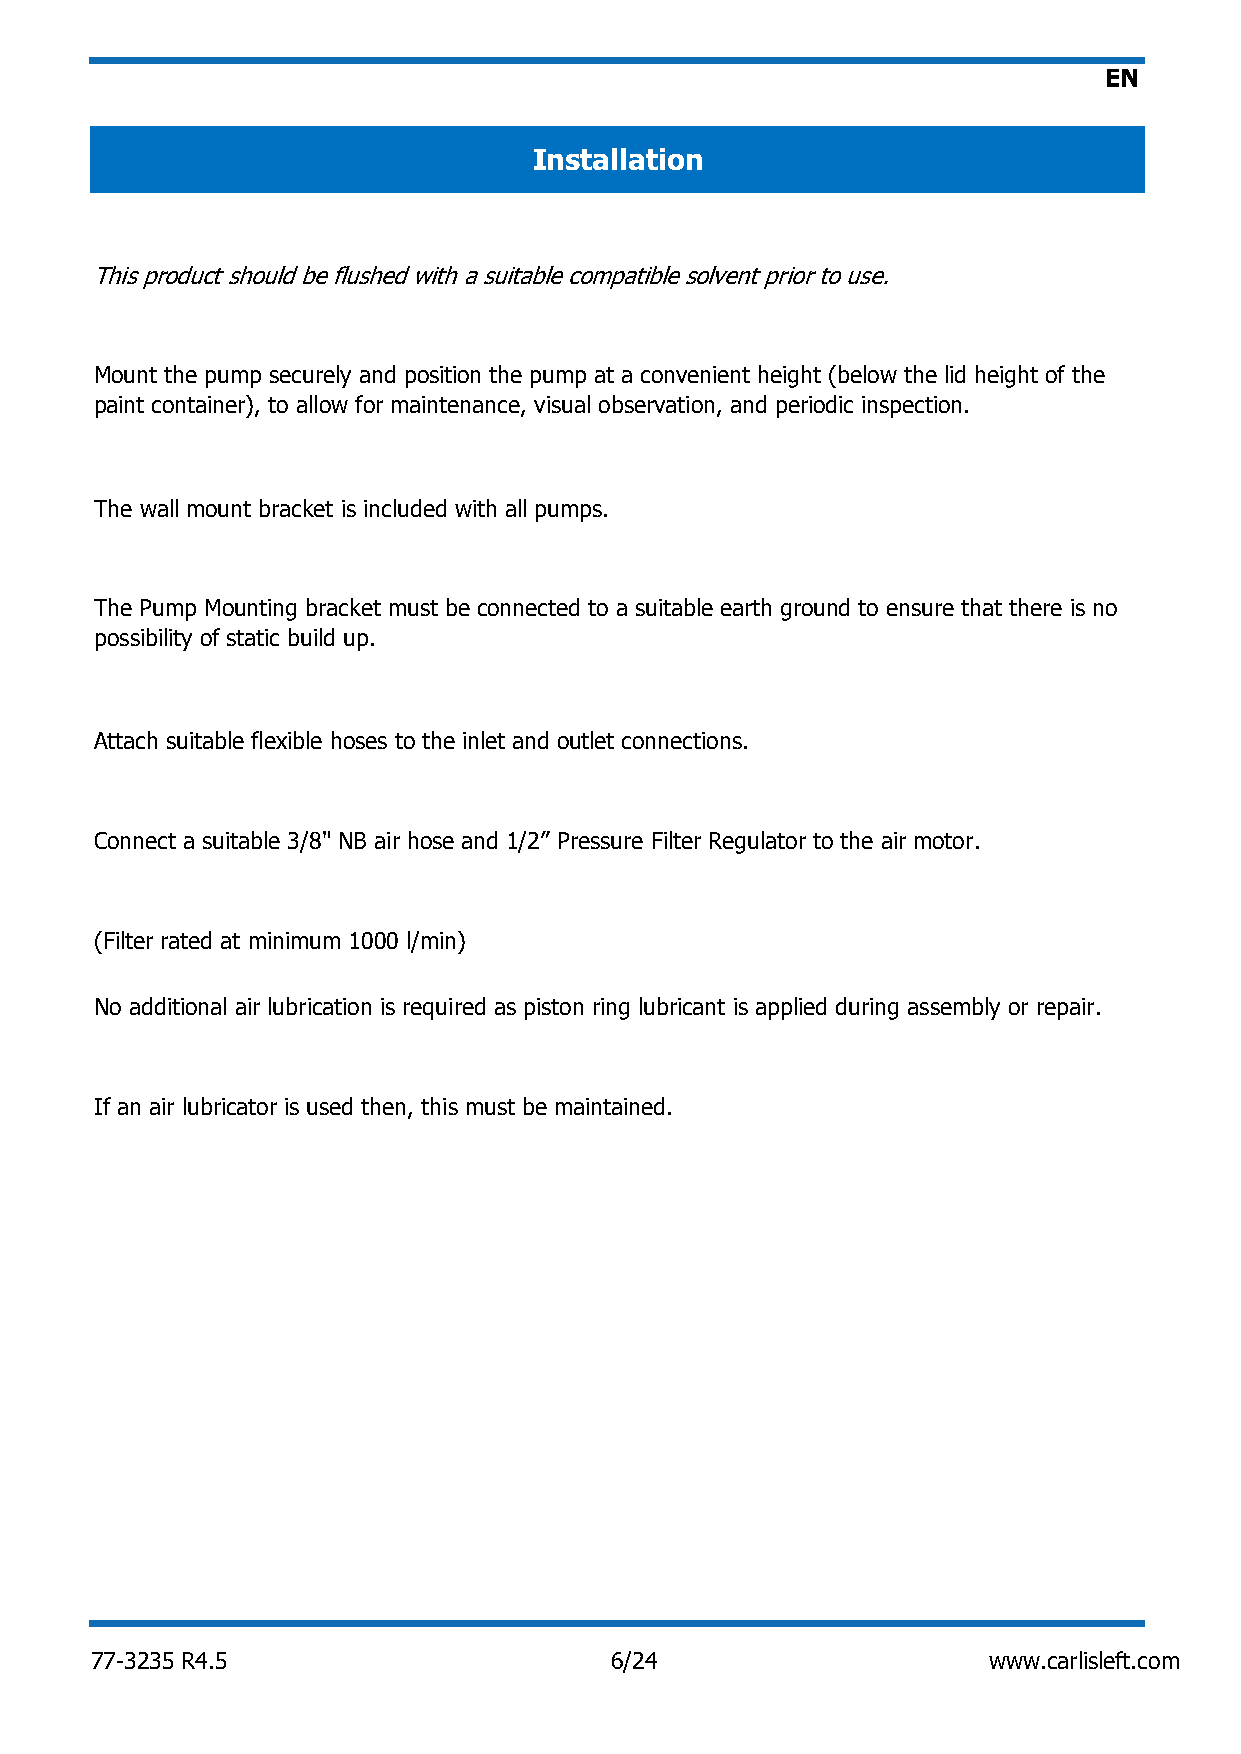
EN
 Installation
 This product should be flushed with a suitable compatible solvent prior to use.
 Mount the pump securely and position the pump at a convenient height (below the lid height of the
 paint container), to allow for maintenance, visual observation, and periodic inspection.
 The wall mount bracket is included with all pumps.
 The Pump Mounting bracket must be connected to a suitable earth ground to ensure that there is no
 possibility of static build up.
 Attach suitable flexible hoses to the inlet and outlet connections.
 Connect a suitable 3/8" NB air hose and 1/2” Pressure Filter Regulator to the air motor.
 (Filter rated at minimum 1000 l/min)
 No additional air lubrication is required as piston ring lubricant is applied during assembly or repair.
 If an air lubricator is used then, this must be maintained.
 77-3235 R4.5                      6/24                     www.carlisleft.com